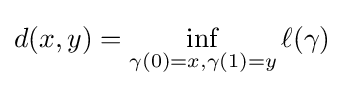
\displaystyle {d(x,y)=\inf _{\gamma (0)=x,\gamma (1)=y}\ell (\gamma )}